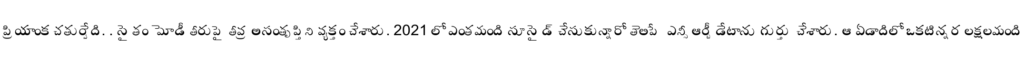
ప్రియాంక చతుర్వేది. . సైతం మోడీ తీరుపై తీవ్ర అసంతృప్తిని వ్యక్తం చేశారు. 2021 లో ఎంతమంది సూసైడ్ చేసుకున్నారో తెలిపే ఎన్సీ ఆర్బీ డేటాను గుర్తు చేశారు. ఆ ఏడాదిలో ఒకటిన్నర లక్షలమంది